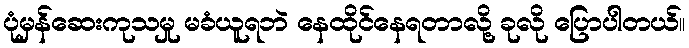
ပုံမှန်ဆေးကုသမှု မခံယူရဘဲ နေထိုင်နေရတာလို့ ခုလို ပြောပါတယ်။